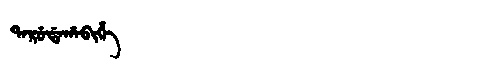
Manchu: ᡨᠠᡵᡠᡩᠠᡥᠠᠪᡳᡥᡝ
Romanization: TARUDAHABIHE